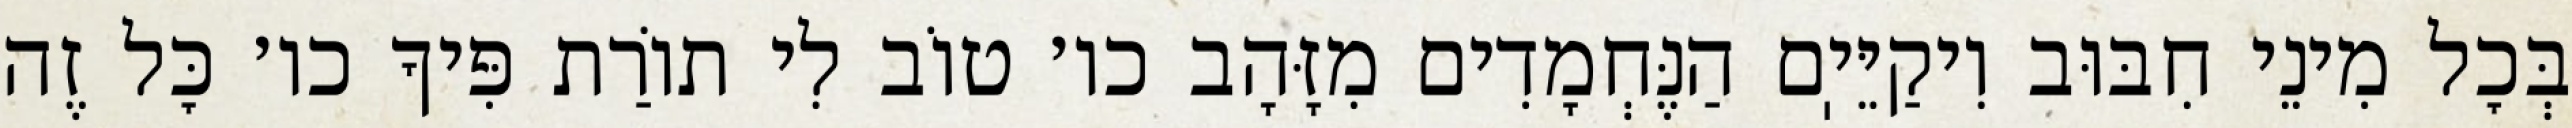
בְּכׇל מִינֵי חִבּוּב וִיקַיֵּיֽם הַנֶּחְמָדִים מִזָּהָב כו׳ טוֹב לִי תוֹרַת פִּיךָ כו׳ כׇּל זֶה